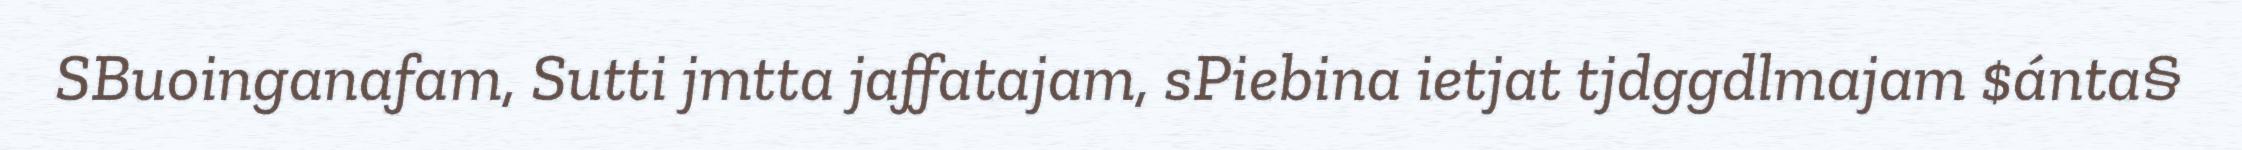
SBuoinganafam, Sutti jmtta jaffatajam, sPiebina ietjat tjdggdlmajam $ánta§